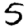
Digit: 5